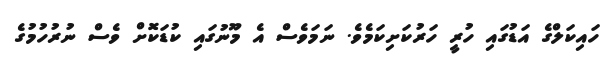
ހައިކަލްގެ އަޑުގައި ހުރީ ހަރުކަށިކަމެވެ. ނަމަވެސް އެ މޫނުގައި ކުޑަކޮށް ވެސް ނުރުހުމުގެ